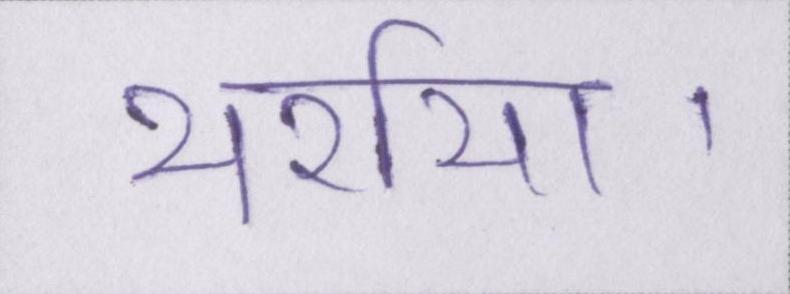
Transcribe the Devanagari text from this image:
थर्राया।